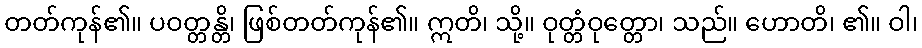
တတ်ကုန်၏။ ပဝတ္တန္တိ၊ ဖြစ်တတ်ကုန်၏။ ဣတိ၊ သို့။ ဝုတ္တံဝုတ္တော၊ သည်။ ဟောတိ၊ ၏။ ဝါ၊